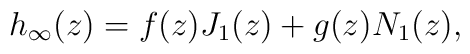
h_{\infty}(z) = f(z) J_1(z) + g(z) N_1(z),